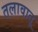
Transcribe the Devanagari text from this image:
तलावातू